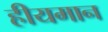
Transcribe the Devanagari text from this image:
हीयमान